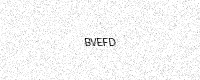
Text: BVEFD